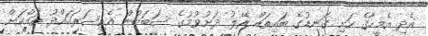
އެދި އެމީހާގެ ހަށި ގަނޑުގެ ބައިތައް ރޭލު ދަށުވުމުގެ ސަބަބުން އެކިސަރަހައްދު ތައްކަށް